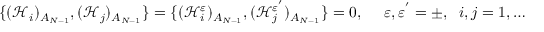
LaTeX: \{ ( \mathcal { H } _ { i } ) _ { A _ { N - 1 } } , ( \mathcal { H } _ { j } ) _ { A _ { N - 1 } } \} = \{ ( \mathcal { H } _ { i } ^ { \varepsilon } ) _ { A _ { N - 1 } } , ( \mathcal { H } _ { j } ^ { \varepsilon ^ { ^ { \prime } } } ) _ { A _ { N - 1 } } \} = 0 , \ \ \ \ \ \ \varepsilon , \varepsilon ^ { ^ { \prime } } = \pm , \, \ \ i , j = 1 , \ldots , N .